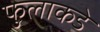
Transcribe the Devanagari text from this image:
फुलाकडे